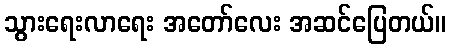
သွားရေးလာရေး အတော်လေး အဆင်ပြေတယ်။